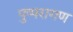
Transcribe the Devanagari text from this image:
पुष्परागण